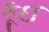
કૂઈ